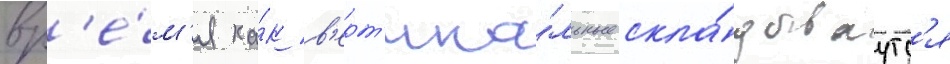
вр'е́м'я ка́к в'ерт'ика́льные скла́дываутс'я